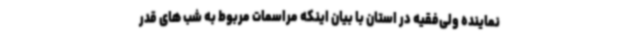
نماینده ولی‌فقیه در استان با بیان اینکه مراسمات مربوط به شب های قدر